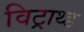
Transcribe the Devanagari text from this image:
विट्राथ्ड